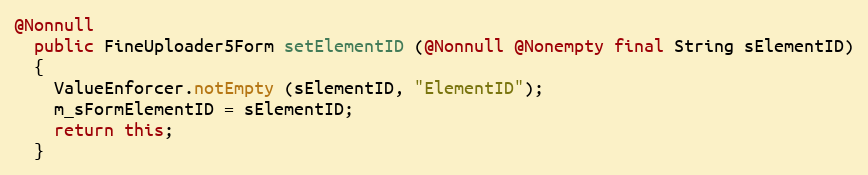
Language: Java
@Nonnull
  public FineUploader5Form setElementID (@Nonnull @Nonempty final String sElementID)
  {
    ValueEnforcer.notEmpty (sElementID, "ElementID");
    m_sFormElementID = sElementID;
    return this;
  }